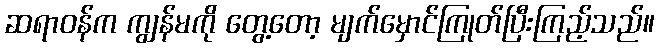
ဆရာဝန်က ကျွန်မကို တွေ့တော့ မျက်မှောင်ကြုတ်ပြီးကြည့်သည်။